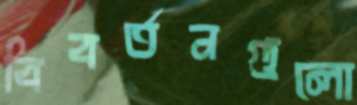
বিবর্তনগুলো